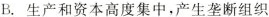
B.生产和资本高度集中，产生垄断组织